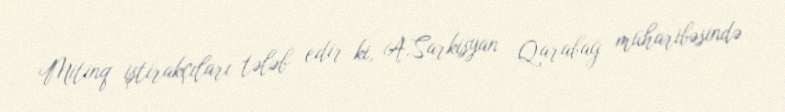
Mitinq iştirakçıları tələb edir ki, A.Sarkisyan Qarabağ müharibəsində